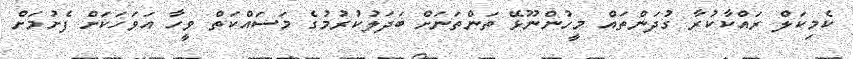
ކެމިކަލް ރައްކާކުރާ ގުދަންތައް މީހުންނޫޅޭ ތަންތަނަށް ބަދަލުކުރުމުގެ މަސައްކަތް ވީހާ އަވަހަކަށް ފެށުމަށް